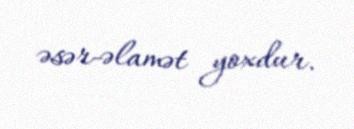
əsər-əlamət yoxdur.